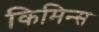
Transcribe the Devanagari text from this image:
किमिन्स